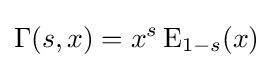
\Gamma (s,x)=x^{s}\operatorname {E} _{1-s}(x)